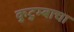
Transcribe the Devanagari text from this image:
कुटुम्बाचा